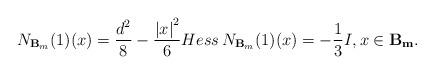
LaTeX: \begin{align*}N_{\mathbf B_{m}}(1)(x)= \frac{d^{2}}{8} - \frac{\left\vert x \right\vert^{2}}{6} Hess \, N_{\mathbf B_{m}}(1)(x)=-\frac{1}{3}I, x \in \mathbf{B_{m}}.\end{align*}